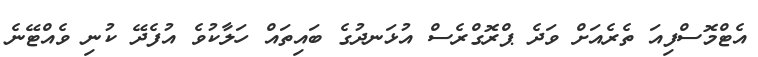
އެޓްމޮސްފިއަ ތެރެއަށް ވަދެ ޕްރޮގްރެސް އުޅަނދުގެ ބައިތައް ހަލާކުވެ އުފެދޭ ކުނި ވެއްޓޭނެ